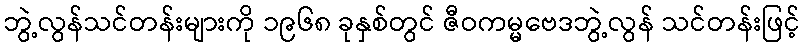
ဘွဲ့လွန်သင်တန်းများကို ၁၉၆၈ ခုနှစ်တွင် ဇီဝကမ္မဗေဒဘွဲ့လွန် သင်တန်းဖြင့်